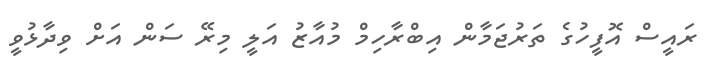
ރައީސް އޮފީހުގެ ތަރުޖަމާން އިބްރާހިމް މުއާޒު އަލީ މިރޭ ސަން އަށް ވިދާޅުވީ